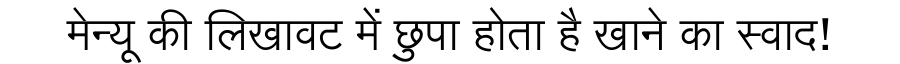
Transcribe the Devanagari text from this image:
मेन्यू की लिखावट में छुपा होता है खाने का स्वाद!